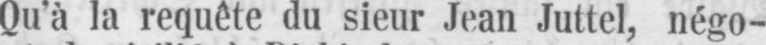
Qu’à la requête du sieur Jean Juttel, négo-